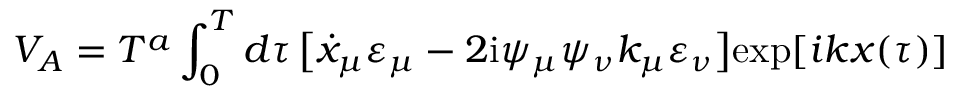
V _ { A } = T ^ { a } \int _ { 0 } ^ { T } d \tau \, \bigl [ \dot { x } _ { \mu } \varepsilon _ { \mu } - 2 \mathrm { i } \psi _ { \mu } \psi _ { \nu } k _ { \mu } \varepsilon _ { \nu } \bigr ] \mathrm { e x p } [ i k x ( { \tau } ) ]